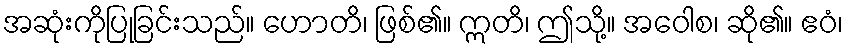
အဆုံးကိုပြုခြင်းသည်။ ဟောတိ၊ ဖြစ်၏။ ဣတိ၊ ဤသို့။ အဝေါစ၊ ဆို၏။ ဧဝံ၊